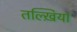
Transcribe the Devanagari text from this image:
तल्ख़ियां